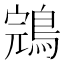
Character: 鵍